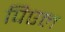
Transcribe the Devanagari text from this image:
पिएल